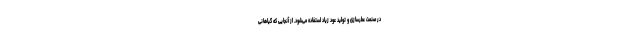
در صنعت عطرسازی و تولید عود زیاد استفاده می‌شود. از آنجایی که گیاهانی